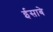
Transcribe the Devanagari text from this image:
ईसाबे